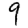
Digit: 9